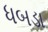
ધબડા